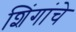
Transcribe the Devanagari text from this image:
शिंगांचे